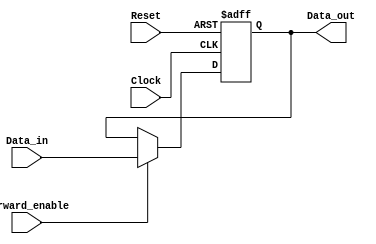
module ForwardingRegister (
    input wire [31:0] Data_in,      // Input data to be forwarded
    input wire Forward_enable,       // Control signal to enable forwarding
    input wire Clock,                // Clock signal
    input wire Reset,                // Asynchronous reset signal
    output reg [31:0] Data_out       // Output data that is forwarded
);

// Asynchronous reset and synchronous data storage
always @(posedge Clock or posedge Reset) begin
    if (Reset) begin
        Data_out <= 32'b0;          // Clear output to zero on reset
    end else if (Forward_enable) begin
        Data_out <= Data_in;        // Store Data_in when forwarding is enabled
    end
    // If Forward_enable is not asserted, retain previous value of Data_out
end

endmodule